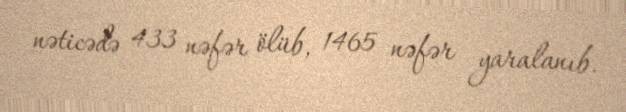
nəticədə 433 nəfər ölüb, 1465 nəfər yaralanıb.